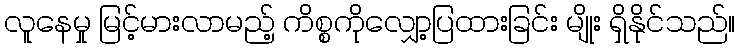
လူနေမှု မြင့်မားလာမည့် ကိစ္စကိုလျှော့ပြထားခြင်း မျိုး ရှိနိုင်သည်။